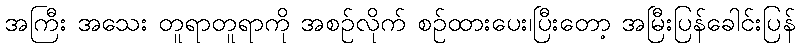
အကြီး အသေး တူရာတူရာကို အစဉ်လိုက် စဉ်ထားပေး၊ပြီးတော့ အမြီးပြန်ခေါင်းပြန်